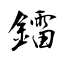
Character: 鐳